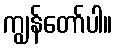
ကျွန်တော်ပါ။